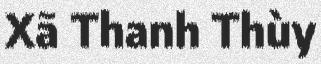
Xã Thanh Thùy